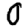
Digit: 0